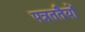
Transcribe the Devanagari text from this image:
पत्रततैयों